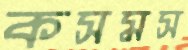
কসমস